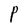
Character: P